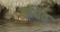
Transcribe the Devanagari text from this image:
कश्चित्‌